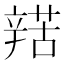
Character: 𨐡